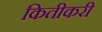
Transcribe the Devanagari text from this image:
कितीकरी